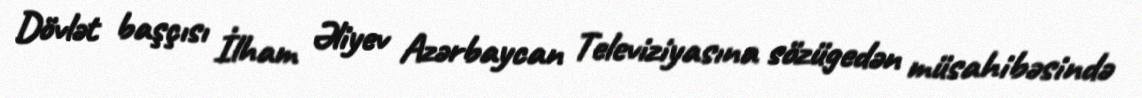
Dövlət başçısı İlham Əliyev Azərbaycan Televiziyasına sözügedən müsahibəsində